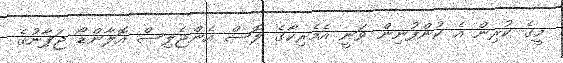
މީގެ ކުރިން އެ ކުންފުނިން ވަނީ އެމެރިކާގެ ލޮސް އެންޖެލިސް އޮލާންޑޯ ޖަޕާނުގެ